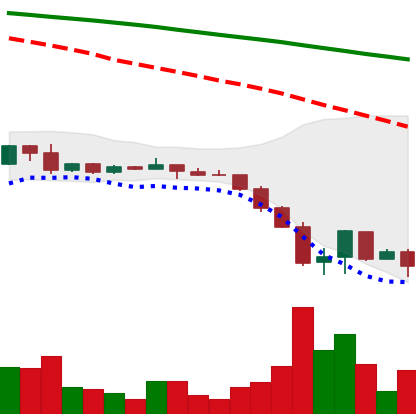
Ticker: DOGE-USD
Chart end date: 2022-06-18
Forward return: 20.788%
Label: up_7plus